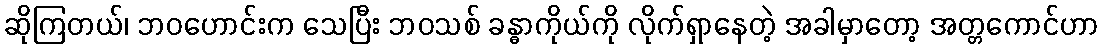
ဆိုကြတယ်၊ ဘဝဟောင်းက သေပြီး ဘဝသစ် ခန္ဓာကိုယ်ကို လိုက်ရှာနေတဲ့ အခါမှာတော့ အတ္တကောင်ဟာ